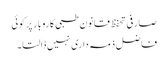
صارفی تحفظ قانون طبی کاروبار پر کوئی
فاضل ذمہ داری نہیں ڈالتا۔